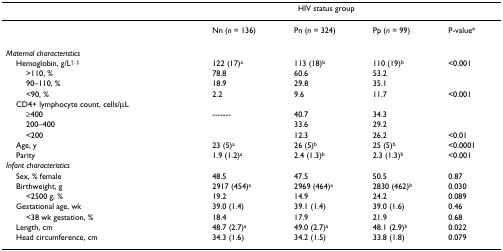
<table><thead><tr><td></td><td colspan="3"><b>HIV status group</b></td><td></td></tr></thead><tbody><tr><td></td><td>Nn (<i>n </i>= 136)</td><td>Pn (<i>n </i>= 324)</td><td>Pp (<i>n </i>= 99)</td><td>P-value*</td></tr><tr><td><i>Maternal characteristics</i></td><td></td><td></td><td></td><td></td></tr><tr><td> Hemoglobin, g/L<sup>†, ‡</sup></td><td>122 (17)<sup>a</sup></td><td>113 (18)<sup>b</sup></td><td>110 (19)<sup>b</sup></td><td>&lt;0.001</td></tr><tr><td>&gt;110, %</td><td>78.8</td><td>60.6</td><td>53.2</td><td></td></tr><tr><td>90–110, %</td><td>18.9</td><td>29.8</td><td>35.1</td><td></td></tr><tr><td>&lt;90, %</td><td>2.2</td><td>9.6</td><td>11.7</td><td>&lt;0.001</td></tr><tr><td> CD4+ lymphocyte count, cells/μL</td><td></td><td></td><td></td><td></td></tr><tr><td>≥400</td><td>-------</td><td>40.7</td><td>34.3</td><td></td></tr><tr><td>200–400</td><td></td><td>33.6</td><td>29.2</td><td></td></tr><tr><td>&lt;200</td><td></td><td>12.3</td><td>26.2</td><td>&lt;0.01</td></tr><tr><td> Age, y</td><td>23 (5)<sup>a</sup></td><td>26 (5)<sup>b</sup></td><td>25 (5)<sup>b</sup></td><td>&lt;0.0001</td></tr><tr><td> Parity</td><td>1.9 (1.2)<sup>a</sup></td><td>2.4 (1.3)<sup>b</sup></td><td>2.3 (1.3)<sup>b</sup></td><td>&lt;0.001</td></tr><tr><td><i>Infant characteristics</i></td><td></td><td></td><td></td><td></td></tr><tr><td> Sex, % female</td><td>48.5</td><td>47.5</td><td>50.5</td><td>0.87</td></tr><tr><td> Birthweight, g</td><td>2917 (454)<sup>a</sup></td><td>2969 (464)<sup>a</sup></td><td>2830 (462)<sup>b</sup></td><td>0.030</td></tr><tr><td>&lt;2500 g, %</td><td>19.2</td><td>14.9</td><td>24.2</td><td>0.089</td></tr><tr><td> Gestational age, wk</td><td>39.0 (1.4)</td><td>39.1 (1.4)</td><td>39.0 (1.6)</td><td>0.46</td></tr><tr><td>&lt;38 wk gestation, %</td><td>18.4</td><td>17.9</td><td>21.9</td><td>0.68</td></tr><tr><td> Length, cm</td><td>48.7 (2.7)<sup>a</sup></td><td>49.0 (2.7)<sup>a</sup></td><td>48.1 (2.9)<sup>b</sup></td><td>0.022</td></tr><tr><td> Head circumference, cm</td><td>34.3 (1.6)</td><td>34.2 (1.5)</td><td>33.8 (1.8)</td><td>0.079</td></tr></tbody></table>